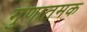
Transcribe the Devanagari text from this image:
गुणातमक